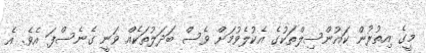
މީގެ އިތުރުން ކައުންސިލްތަކުގެ އެކުލެވުމަށް ވެސް ބަދަލުތަކެއް ވަނީ ގެނެސްފަ އެވެ. އެ